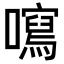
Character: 𡃂